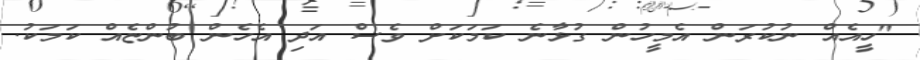
"ހީއެއް ނުކުރަން އެމީހުން ގުޅާނެ ކަމަކަށް ވެސް އަދި އެހެން ބުންޏެއް ކަމަކު.